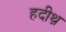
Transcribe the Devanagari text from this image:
हदीथ़